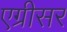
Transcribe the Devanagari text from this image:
एग्रीसर